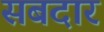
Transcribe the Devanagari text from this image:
सबदार